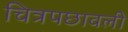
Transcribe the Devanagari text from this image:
चित्रपछावली